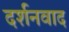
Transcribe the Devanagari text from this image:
दर्शनवाद